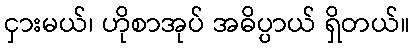
ငှားမယ်၊ ဟိုစာအုပ် အဓိပ္ပာယ် ရှိတယ်။